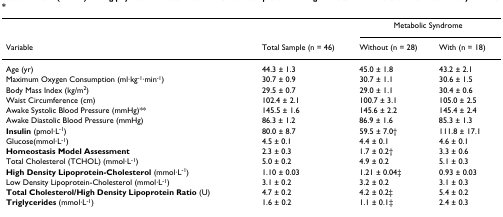
<table><thead><tr><td></td><td></td><td colspan="2"><b>Metabolic Syndrome</b></td></tr><tr><td><b>Variable</b></td><td><b>Total Sample (n = 46)</b></td><td><b>Without (n = 28)</b></td><td><b>With (n = 18)</b></td></tr></thead><tbody><tr><td>Age (yr)</td><td>44.3 ± 1.3</td><td>45.0 ± 1.8</td><td>43.2 ± 2.1</td></tr><tr><td>Maximum Oxygen Consumption (ml·kg<sup>-1</sup>·min<sup>-1</sup>)</td><td>30.7 ± 0.9</td><td>30.7 ± 1.1</td><td>30.6 ± 1.5</td></tr><tr><td>Body Mass Index (kg/m<sup>2</sup>)</td><td>29.5 ± 0.7</td><td>29.0 ± 1.1</td><td>30.4 ± 0.6</td></tr><tr><td>Waist Circumference (cm)</td><td>102.4 ± 2.1</td><td>100.7 ± 3.1</td><td>105.0 ± 2.5</td></tr><tr><td>Awake Systolic Blood Pressure (mmHg)**</td><td>145.5 ± 1.6</td><td>145.6 ± 2.2</td><td>145.4 ± 2.4</td></tr><tr><td>Awake Diastolic Blood Pressure (mmHg)</td><td>86.3 ± 1.2</td><td>86.9 ± 1.6</td><td>85.3 ± 1.3</td></tr><tr><td><b>Insulin </b>(pmol·L<sup>-1</sup>)</td><td>80.0 ± 8.7</td><td>59.5 ± 7.0†</td><td>111.8 ± 17.1</td></tr><tr><td>Glucose(mmol·L<sup>-1</sup>)</td><td>4.5 ± 0.1</td><td>4.4 ± 0.1</td><td>4.6 ± 0.1</td></tr><tr><td><b>Homeostasis Model Assessment</b></td><td>2.3 ± 0.3</td><td>1.7 ± 0.2†</td><td>3.3 ± 0.6</td></tr><tr><td>Total Cholesterol (TCHOL) (mmol·L<sup>-1</sup>)</td><td>5.0 ± 0.2</td><td>4.9 ± 0.2</td><td>5.1 ± 0.3</td></tr><tr><td><b>High Density Lipoprotein-Cholesterol </b>(mmol·L<sup>-1</sup>)</td><td>1.10 ± 0.03</td><td>1.21 ± 0.04‡</td><td>0.93 ± 0.03</td></tr><tr><td>Low Density Lipoprotein-Cholesterol (mmol·L<sup>-1</sup>)</td><td>3.1 ± 0.2</td><td>3.2 ± 0.2</td><td>3.1 ± 0.3</td></tr><tr><td><b>Total Cholesterol/High Density Lipoprotein Ratio </b>(U)</td><td>4.7 ± 0.2</td><td>4.2 ± 0.2‡</td><td>5.4 ± 0.2</td></tr><tr><td><b>Triglycerides </b>(mmol·L<sup>-1</sup>)</td><td>1.6 ± 0.2</td><td>1.1 ± 0.1‡</td><td>2.4 ± 0.3</td></tr></tbody></table>